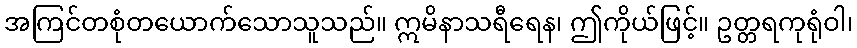
အကြင်တစုံတယောက်သောသူသည်။ ဣမိနာသရီရေန၊ ဤကိုယ်ဖြင့်။ ဥတ္တရကုရုံဝါ၊